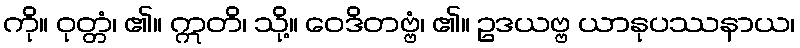
ကို။ ဝုတ္တံ၊ ၏။ ဣတိ၊ သို့။ ဝေဒိတဗ္ဗံ၊ ၏။ ဥဒယဗ္ဗ ယာနုပဿနာယ၊